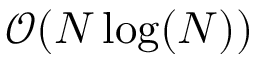
\mathcal { O } ( N \log ( N ) )